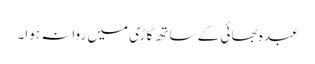
عبدہ بھائی کے ساتھ گاڑی میں روانہ ہوا۔